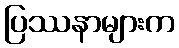
ပြဿနာများက